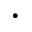
\cdot